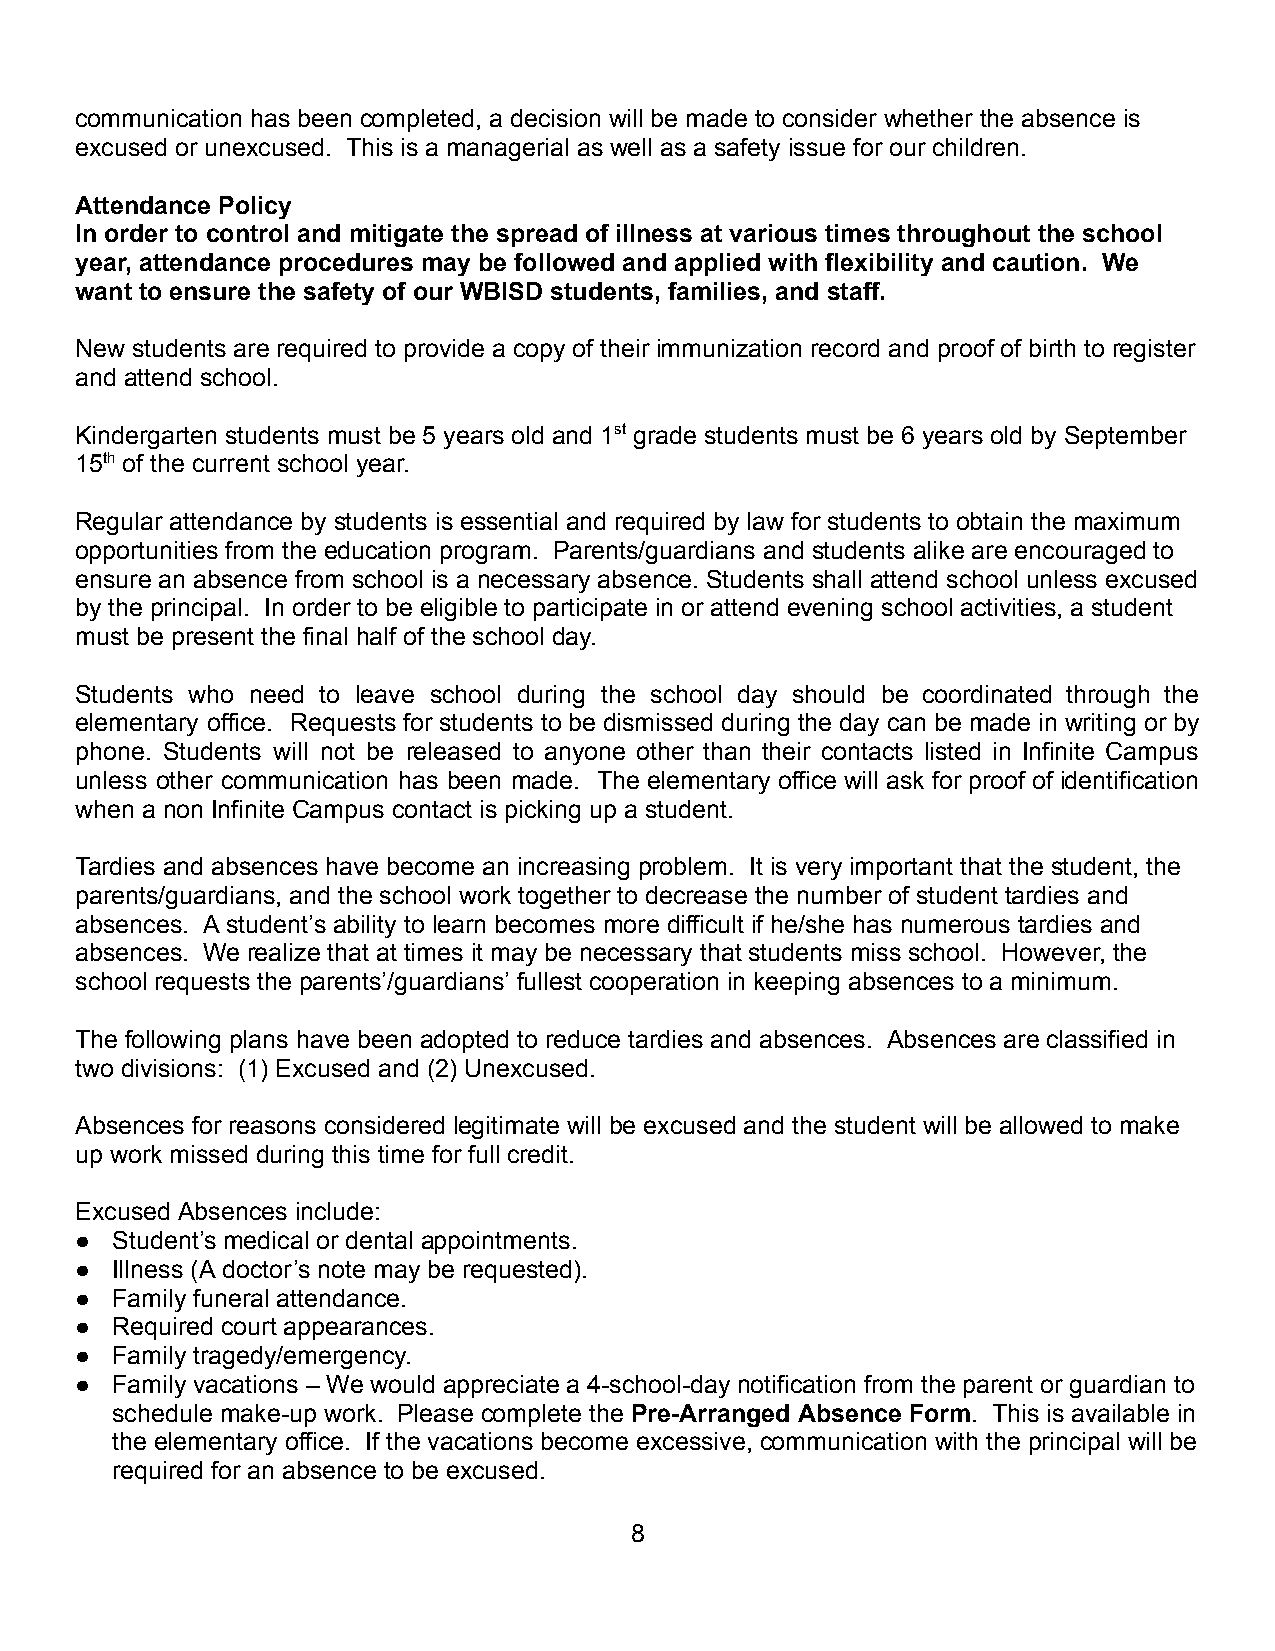
communication has been completed, a decision will be made to consider whether the absence is
 excused or unexcused. This is a managerial as well as a safety issue for our children.
 Attendance Policy
 In order to control and mitigate the spread of illness at various times throughout the school
 year, attendance procedures may be followed and applied with flexibility and caution. We
 want to ensure the safety of our WBISD students, families, and staff.
 New students are required to provide a copy of their immunization record and proof of birth to register
 and attend school.
 Kindergarten students must be 5 years old and 1st grade students must be 6 years old by September
 15th of the current school year.
 Regular attendance by students is essential and required by law for students to obtain the maximum
 opportunities from the education program. Parents/guardians and students alike are encouraged to
 ensure an absence from school is a necessary absence. Students shall attend school unless excused
 by the principal. In order to be eligible to participate in or attend evening school activities, a student
 must be present the final half of the school day.
 Students who need to leave school during the school day should be coordinated through the
 elementary office. Requests for students to be dismissed during the day can be made in writing or by
 phone. Students will not be released to anyone other than their contacts listed in Infinite Campus
 unless other communication has been made. The elementary office will ask for proof of identification
 when a non Infinite Campus contact is picking up a student.
 Tardies and absences have become an increasing problem. It is very important that the student, the
 parents/guardians, and the school work together to decrease the number of student tardies and
 absences. A student’s ability to learn becomes more difficult if he/she has numerous tardies and
 absences. We realize that at times it may be necessary that students miss school. However, the
 school requests the parents’/guardians’ fullest cooperation in keeping absences to a minimum.
 The following plans have been adopted to reduce tardies and absences. Absences are classified in
 two divisions: (1) Excused and (2) Unexcused.
 Absences for reasons considered legitimate will be excused and the student will be allowed to make
 up work missed during this time for full credit.
 Excused Absences include:
 ● Student’s medical or dental appointments.
 ● Illness (A doctor’s note may be requested).
 ● Family funeral attendance.
 ● Required court appearances.
 ● Family tragedy/emergency.
 ● Family vacations – We would appreciate a 4-school-day notification from the parent or guardian to
 schedule make-up work. Please complete the Pre-Arranged Absence Form. This is available in
 the elementary office. If the vacations become excessive, communication with the principal will be
 required for an absence to be excused.
 8